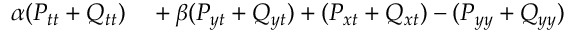
\begin{array} { r l } { \alpha ( P _ { t t } + Q _ { t t } ) } & { { } + \beta ( P _ { y t } + Q _ { y t } ) + ( P _ { x t } + Q _ { x t } ) - ( P _ { y y } + Q _ { y y } ) } \end{array}